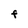
Character: F